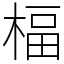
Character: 楅